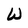
Character: W